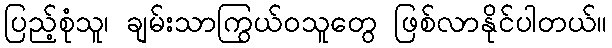
ပြည့်စုံသူ၊ ချမ်းသာကြွယ်ဝသူတွေ ဖြစ်လာနိုင်ပါတယ်။